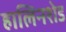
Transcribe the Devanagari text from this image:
हालिनशेड